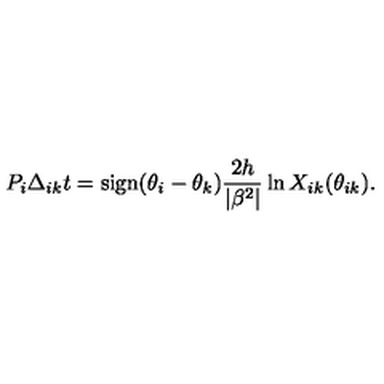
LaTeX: P _ { i } \Delta _ { i k } t = \mathrm { s i g n } ( \theta _ { i } - \theta _ { k } ) \frac { 2 h } { | \beta ^ { 2 } | } \ln X _ { i k } ( \theta _ { i k } ) .